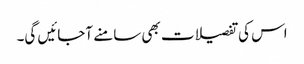
اس کی تفصیلات بھی سامنے آجائیں گی۔